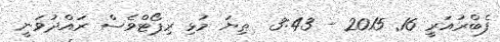
ފެބްރުއަރީ 16